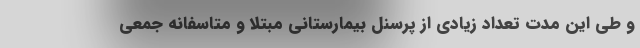
و طی این مدت تعداد زیادی از پرسنل بیمارستانی مبتلا و متاسفانه جمعی